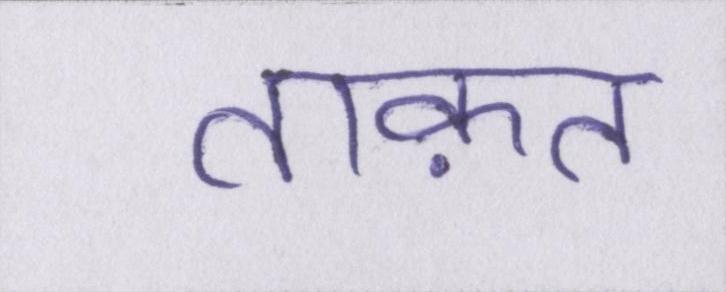
ताक़त